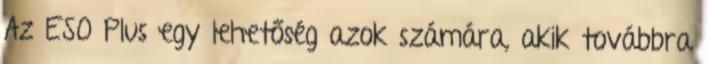
Az ESO Plus egy lehetőség azok számára, akik továbbra